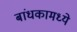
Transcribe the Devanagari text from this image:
बांधकामध्ये